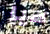
هيا